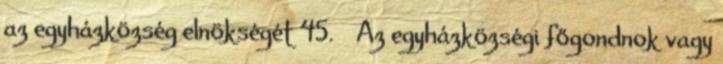
az egyházközség elnökségét 45. § Az egyházközségi főgondnok vagy